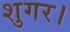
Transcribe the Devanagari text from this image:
शुगर।